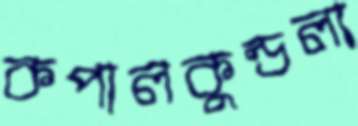
কপালকুন্ডলা